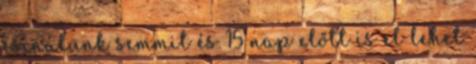
csinálunk semmit és 15 nap előtt is el lehet